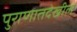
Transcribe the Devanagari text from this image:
पुराणातदेखील